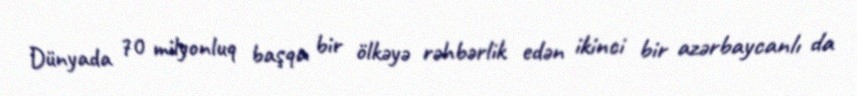
Dünyada 70 milyonluq başqa bir ölkəyə rəhbərlik edən ikinci bir azərbaycanlı da